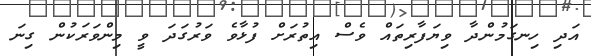
އަދި ހިނގަމުންދާ ވިޔަފާރިތައް ވެސް އިތުރަށް ފުޅާވެ ވަރުގަދަ ވީ މިންވަރަކުން ގިނަ